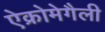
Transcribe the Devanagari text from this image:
ऐक्रोमेगैली